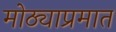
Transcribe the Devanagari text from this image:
मोठ्याप्रमात